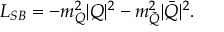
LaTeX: { \cal L _ { S B } } = - m _ { Q } ^ { 2 } | Q | ^ { 2 } - m _ { \bar { Q } } ^ { 2 } | \bar { Q } | ^ { 2 } .